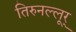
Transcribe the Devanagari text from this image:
तिरुनल्लूर्